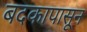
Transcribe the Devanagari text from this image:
बदकापासून